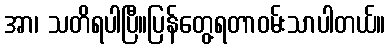
အာ၊ သတိရပါပြီ။ပြန်တွေ့ရတာဝမ်းသာပါတယ်။